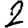
Digit: 2